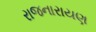
રાજનારાયણ